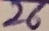
Text: 26